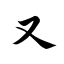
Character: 又